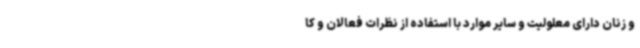
و زنان دارای معلولیت و سایر موارد با استفاده از نظرات فعالان و کا